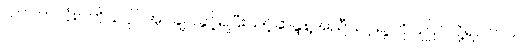
သင်ဟာလုံးဝကိုယ်ပိုင်အုပ်ချုပ်ခွင့်ရပြီးသင့်ဆန္ဒနဲ့အညီသင့်ရဲ့ ကိုပြုပြင်လို့ရပါတယ်။